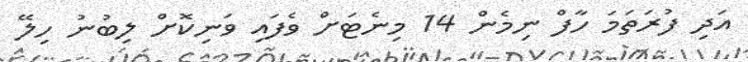
އަދި ފުރަތަމަ ހާފް ނިމެން 14 މިނެޓަށް ވެފައި ވަނިކޮށް ލިބުނު ހިލޭ